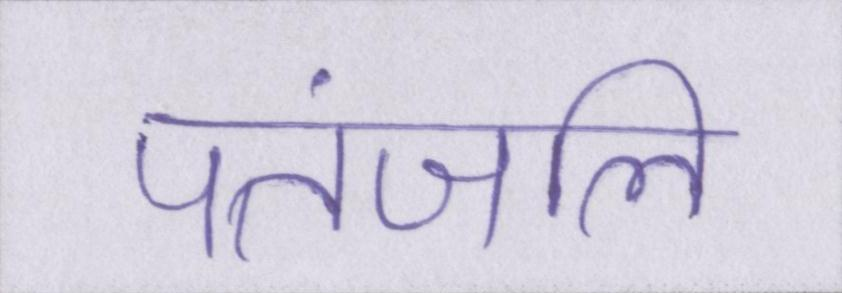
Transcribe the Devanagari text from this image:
पतंजलि